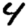
Digit: 4